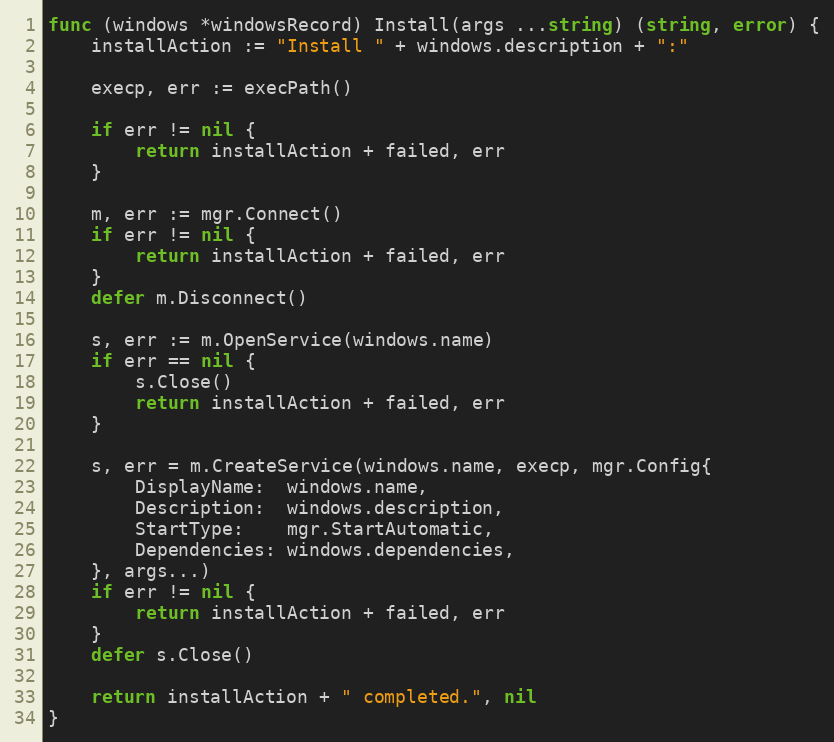
Language: Go
func (windows *windowsRecord) Install(args ...string) (string, error) {
	installAction := "Install " + windows.description + ":"

	execp, err := execPath()

	if err != nil {
		return installAction + failed, err
	}

	m, err := mgr.Connect()
	if err != nil {
		return installAction + failed, err
	}
	defer m.Disconnect()

	s, err := m.OpenService(windows.name)
	if err == nil {
		s.Close()
		return installAction + failed, err
	}

	s, err = m.CreateService(windows.name, execp, mgr.Config{
		DisplayName:  windows.name,
		Description:  windows.description,
		StartType:    mgr.StartAutomatic,
		Dependencies: windows.dependencies,
	}, args...)
	if err != nil {
		return installAction + failed, err
	}
	defer s.Close()

	return installAction + " completed.", nil
}